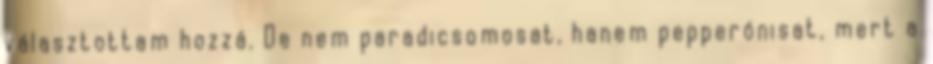
választottam hozzá. De nem paradicsomosat, hanem pepperónisat, mert a